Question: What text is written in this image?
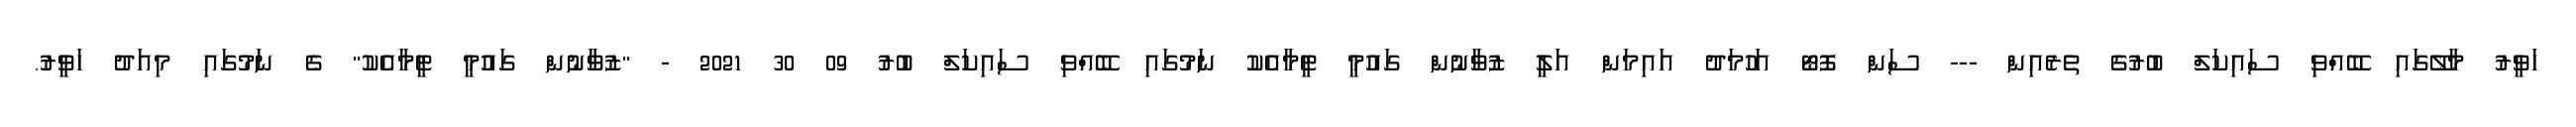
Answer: ހަވީރު މާލޭގައި ބޭއްވި ސައިކަލް ބުރުގެ ތެރެއިން --- ސަން ފޮޓޯ އަހުމަދު އައިމަން އަލީ ޒުވާނުން ގައުމީ ޓީމާއެކު ނަމުގައި ބޭއްވި ސައިކަލް ބުރު 09 30 2021 - "ޒުވާނުން ގައުމީ ޓީމާއެކު" ގެ ނަމުގައި މިއަދު ހަވީރު.